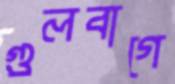
গুলবাগে